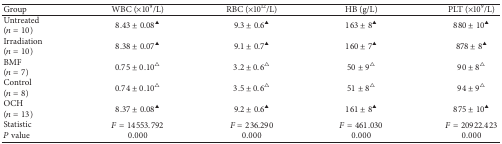
<table><thead><tr><td><b>Group</b></td><td><b>WBC (×10<sup>9</sup>/L)</b></td><td><b>RBC (×10<sup>12</sup>/L)</b></td><td><b>HB (g/L)</b></td><td><b>PLT (×10<sup>9</sup>/L)</b></td></tr></thead><tbody><tr><td>Untreated (<i>n</i> = 10)</td><td>8.43 ± 0.08<sup>▲</sup></td><td>9.3 ± 0.6<sup>▲</sup></td><td>163 ± 8<sup>▲</sup></td><td>880 ± 10<sup>▲</sup></td></tr><tr><td>Irradiation (<i>n</i> = 10)</td><td>8.38 ± 0.07<sup>▲</sup></td><td>9.1 ± 0.7<sup>▲</sup></td><td>160 ± 7<sup>▲</sup></td><td>878 ± 8<sup>▲</sup></td></tr><tr><td>BMF (<i>n</i> = 7)</td><td>0.75 ± 0.10<sup>△</sup></td><td>3.2 ± 0.6<sup>△</sup></td><td>50 ± 9<sup>△</sup></td><td>90 ± 8<sup>△</sup></td></tr><tr><td>Control (<i>n</i> = 8)</td><td>0.74 ± 0.10<sup>△</sup></td><td>3.5 ± 0.6<sup>△</sup></td><td>51 ± 8<sup>△</sup></td><td>94 ± 9<sup>△</sup></td></tr><tr><td>OCH (<i>n</i> = 13)</td><td>8.37 ± 0.08<sup>▲</sup></td><td>9.2 ± 0.6<sup>▲</sup></td><td>161 ± 8<sup>▲</sup></td><td>875 ± 10<sup>▲</sup></td></tr><tr><td>Statistic </td><td><i>F</i> = 14553.792</td><td><i>F</i> = 236.290</td><td><i>F</i> = 461.030</td><td><i>F</i> = 20922.423</td></tr><tr><td><i>P</i> value</td><td>0.000</td><td>0.000</td><td>0.000</td><td>0.000</td></tr></tbody></table>